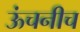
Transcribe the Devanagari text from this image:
ऊंचनीच